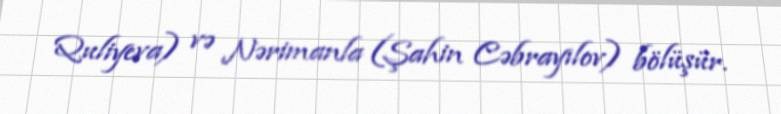
Quliyeva) və Nərimanla (Şahin Cəbrayılov) bölüşür.